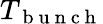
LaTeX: T_{\mathrm{~b~u~n~c~h~}}